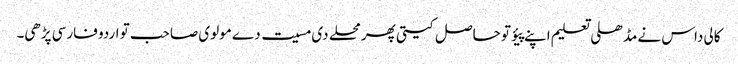
کالی داس نے مڈھلی تعلیم اپنے پیؤ تو حاصل کیتی پھر محلے دی مسیت دے مولوی صاحب تو اردو فارسی پڑھی۔